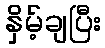
နှိမ့်ချပြီး